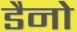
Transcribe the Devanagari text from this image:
डैनो